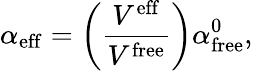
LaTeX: \alpha_{\mathrm{eff}}=\left(\frac{V^{\mathrm{eff}}}{V^{\mathrm{free}}}\right)\alpha_{\mathrm{free}}^{0},